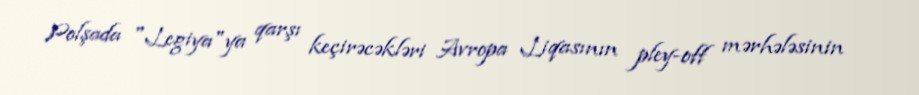
Polşada "Legiya"ya qarşı keçirəcəkləri Avropa Liqasının pley-off mərhələsinin